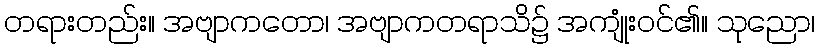
တရားတည်း။ အဗျာကတော၊ အဗျာကတရာသိ၌ အကျုံးဝင်၏။ သုညော၊